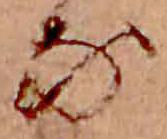
な